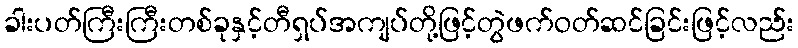
ခါးပတ်ကြီးကြီးတစ်ခုနှင့်တီရှပ်အကျပ်တို့ဖြင့်တွဲဖက်ဝတ်ဆင်ခြင်းဖြင့်လည်း